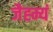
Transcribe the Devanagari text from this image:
जैह्म्यं